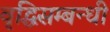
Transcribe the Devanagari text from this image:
वृद्धिसम्बन्धी